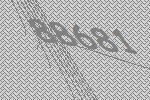
88681